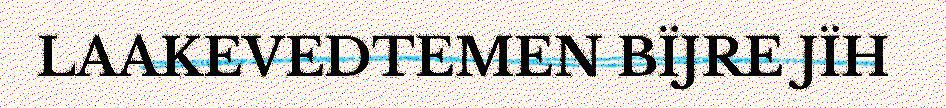
LAAKEVEDTEMEN BÏJRE JÏH